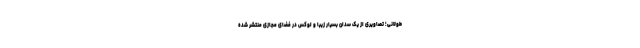
طولانی؛ تصاویری از یک سدان بسیار زیبا و لوکس در فضای مجازی منتشر شده